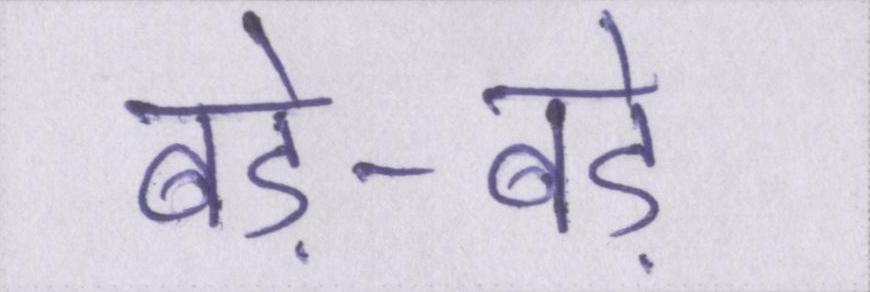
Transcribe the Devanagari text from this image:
बड़े-बड़े